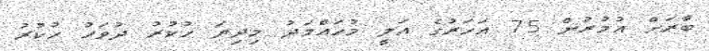
ބާރަށް އުމުރުން 75 އަހަރުގެ އަލީ މުހައްމަދު މިދިޔަ ހުކުރު ދުވަހު ހުކުރު